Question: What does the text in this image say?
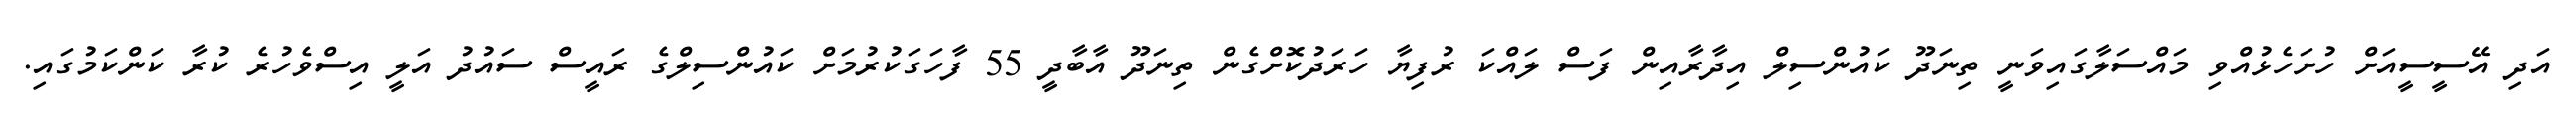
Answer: އަދި އޭސީސީއަށް ހުށަހެޅުއްވި މައްސަލާގައިވަނީ ތިނަދޫ ކައުންސިލް އިދާރާއިން ފަސް ލައްކަ ރުފިޔާ ހަރަދުކޮށްގެން ތިނަދޫ އާބާދީ 55 ފާހަގަކުރުމަށް ކައުންސިލްގެ ރައީސް ސައުދު އަލީ އިސްވެހުރެ ކުރާ ކަންކަމުގައި.